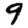
Digit: 9